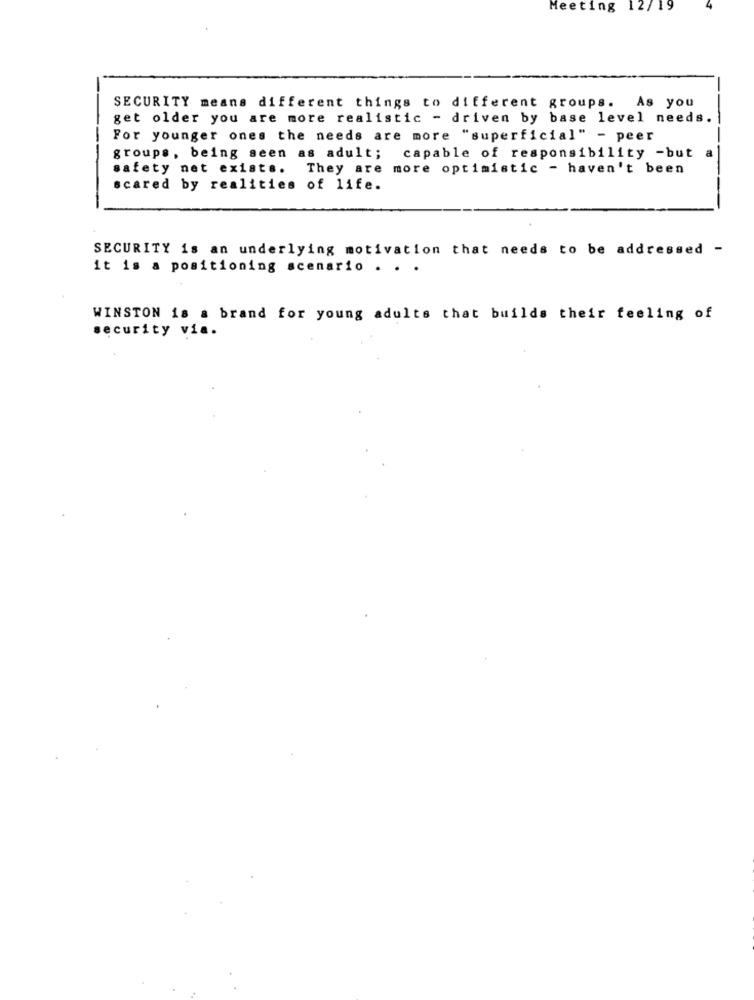
Meeting
12/19
SECURITY means different things to different groups. As you
get older you are more realistic - driven by base level needs.
For younger ones the needs are more "superficial" - peer
groups, being seen as adult;
capable of responsibility -but a
safety net exist ..
They are more optimistic - haven't been
scared by realities of life.
SECURITY is an underlying motivation that needs to be addressed -
it is a positioning scenario . . .
WINSTON is a brand for young adults that builds their feeling of
security via.